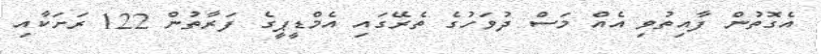
އެގޮތުން ފާއިތުވި އެއް މަސް ދުވަހުގެ ތެރޭގައި އެމްޑީޕީގެ ފަރާތުން 122 ރަށަކާއި